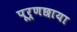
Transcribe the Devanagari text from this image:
पूर्णछाया